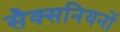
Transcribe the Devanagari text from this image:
सैक्सनियनों